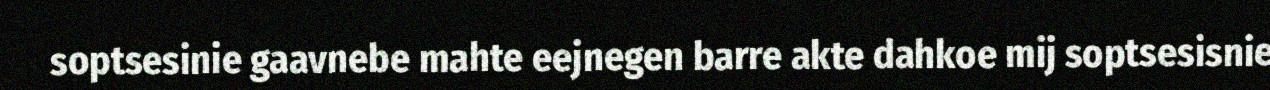
soptsesinie gaavnebe mahte eejnegen barre akte dahkoe mij soptsesisnie